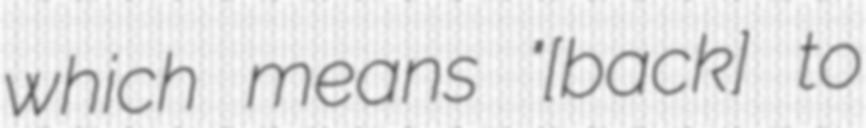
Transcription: which means "[back] to